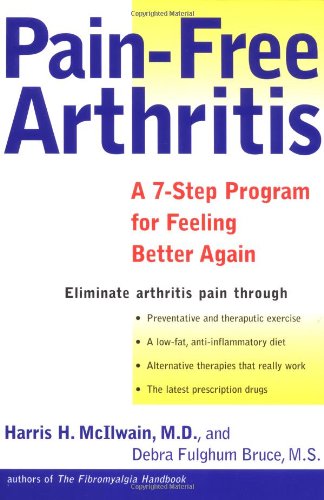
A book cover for Pain-Free Arthritis: A 7-Step Plan for Feeling Better Again; Harris H. McIlwain; Health, Fitness & Dieting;